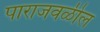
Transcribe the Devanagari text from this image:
पाराजवळील